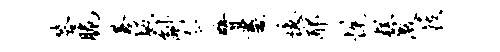
答脆苍坂斛今臂画忆耶悦糕激屐